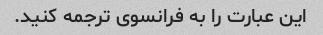
این عبارت را به فرانسوی ترجمه کنید.